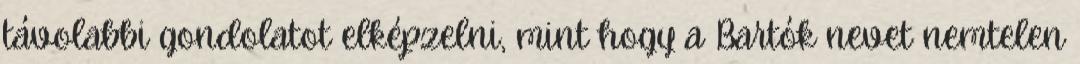
távolabbi gondolatot elképzelni, mint hogy a Bartók nevet nemtelen